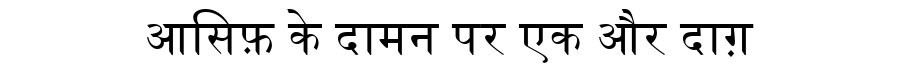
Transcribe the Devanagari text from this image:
आसिफ़ के दामन पर एक और दाग़